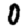
Digit: 0